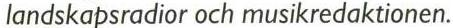
landskapsradior och musikredaktionen